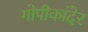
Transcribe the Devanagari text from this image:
गोपीकांदेर